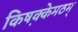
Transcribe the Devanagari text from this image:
किष़क्केमठम्